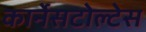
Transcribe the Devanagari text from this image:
कार्नेसटोल्टेस